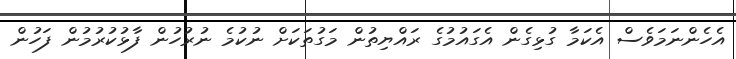
އެހެންނަމަވެސް އެކަމާ ގުޅިގެން އެގައުމުގެ ރައްޔިތުން މަގުތަކަށް ނުކުމެ ނުރުހުން ފާޅުކުރުމުން ފަހުން